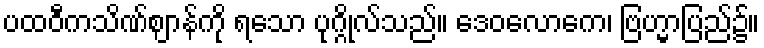
ပထဝီကသိဏ်ဈာန်ကို ရသော ပုဂ္ဂိုလ်သည်။ ဒေဝလောကေ၊ ဗြဟ္မာပြည်၌။